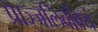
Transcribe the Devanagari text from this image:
प्राञ्जलिर्वाक्यं